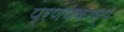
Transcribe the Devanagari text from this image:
प्रणयकाव्य